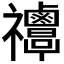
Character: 𥜸